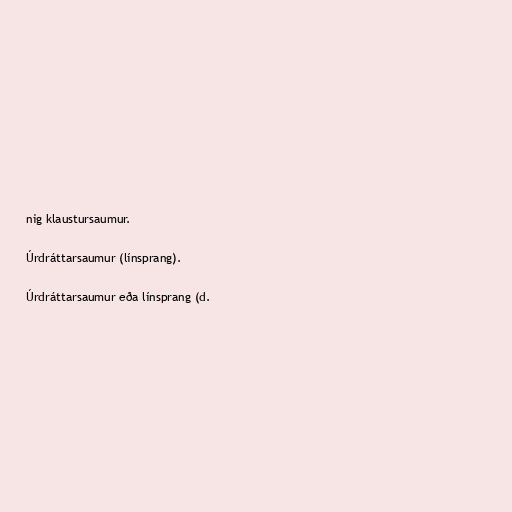
nig klaustursaumur.

Úrdráttarsaumur (línsprang).

Úrdráttarsaumur eða línsprang (d.